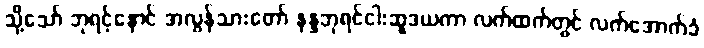
သို့သော် ဘုရင့်နောင် အလွန်သားတော် နန္ဒဘုရင်ငါးဆူဒယကာ လက်ထက်တွင် လက်အောက်ခံ